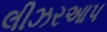
લીઝરઆપ